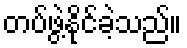
တပ်ဖွဲ့နိုင်ခဲ့သည်။